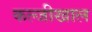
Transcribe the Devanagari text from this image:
कल्जीखाल